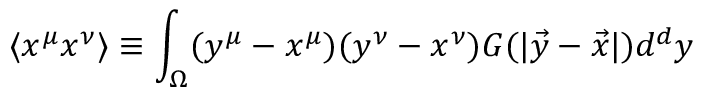
\langle x ^ { \mu } x ^ { \nu } \rangle \equiv \int _ { \Omega } ( y ^ { \mu } - x ^ { \mu } ) ( y ^ { \nu } - x ^ { \nu } ) G ( | \vec { y } - \vec { x } | ) d ^ { d } y